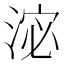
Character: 淧